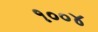
૧૦૦૪